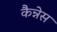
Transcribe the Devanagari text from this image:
कैन्नेस